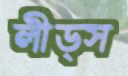
লীড্স